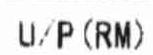
U/P(RM)